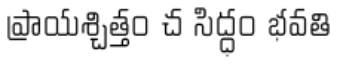
ప్రాయశ్చిత్తం చ సిద్ధం భవతి